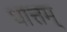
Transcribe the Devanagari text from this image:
धात्तम्‌